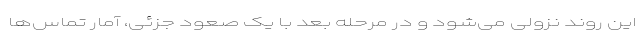
این روند نزولی می‌شود و در مرحله بعد با یک صعود جزئی، آمار تماس‌ها